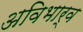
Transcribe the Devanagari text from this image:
अविभार्व